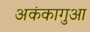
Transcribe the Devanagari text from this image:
अकंकागुआ